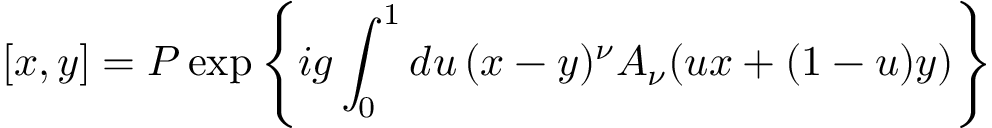
[ x , y ] = P \exp \left\{ i g \int _ { 0 } ^ { 1 } d u \, ( x - y ) ^ { \nu } A _ { \nu } ( u x + ( 1 - u ) y ) \right\}